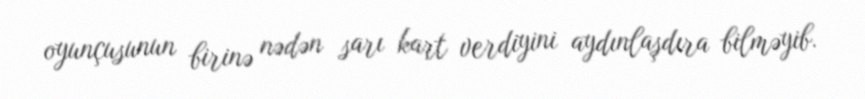
oyunçusunun birinə nədən sarı kart verdiyini aydınlaşdıra bilməyib.